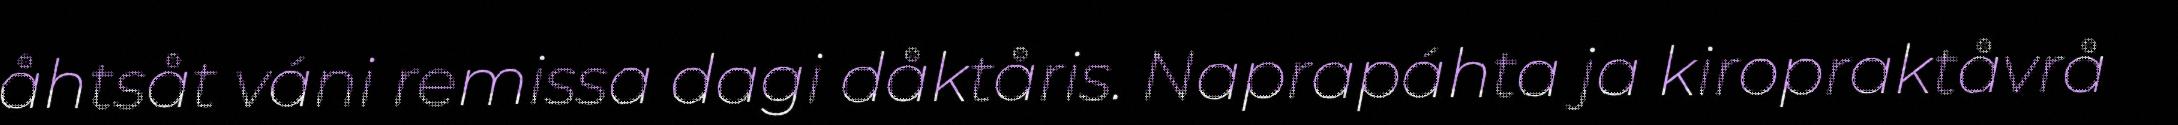
åhtsåt váni remissa dagi dåktåris. Naprapáhta ja kiropraktåvrå